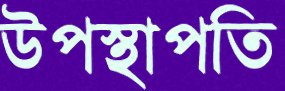
উপস্থাপতি